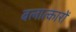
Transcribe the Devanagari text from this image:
बलात्कारों